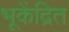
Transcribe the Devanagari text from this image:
भूकेंद्रित